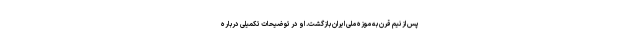
پس از نیم قرن به موزه ملی ایران بازگشت. او در توضیحات تکمیلی درباره